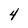
Character: 4